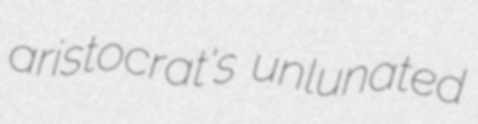
aristocrat's unlunated